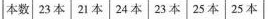
本数|23本│21本│24本│23本│25本│25本